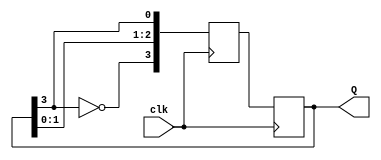
module johnson_counter(
    input clk,
    output reg[3:0] Q
);

reg[3:0] D;

always @(posedge clk) begin
    D[0] <= Q[3];
    D[1] <= Q[0];
    D[2] <= Q[1];
    D[3] <= ~Q[3];
    
    Q <= D;
end

endmodule